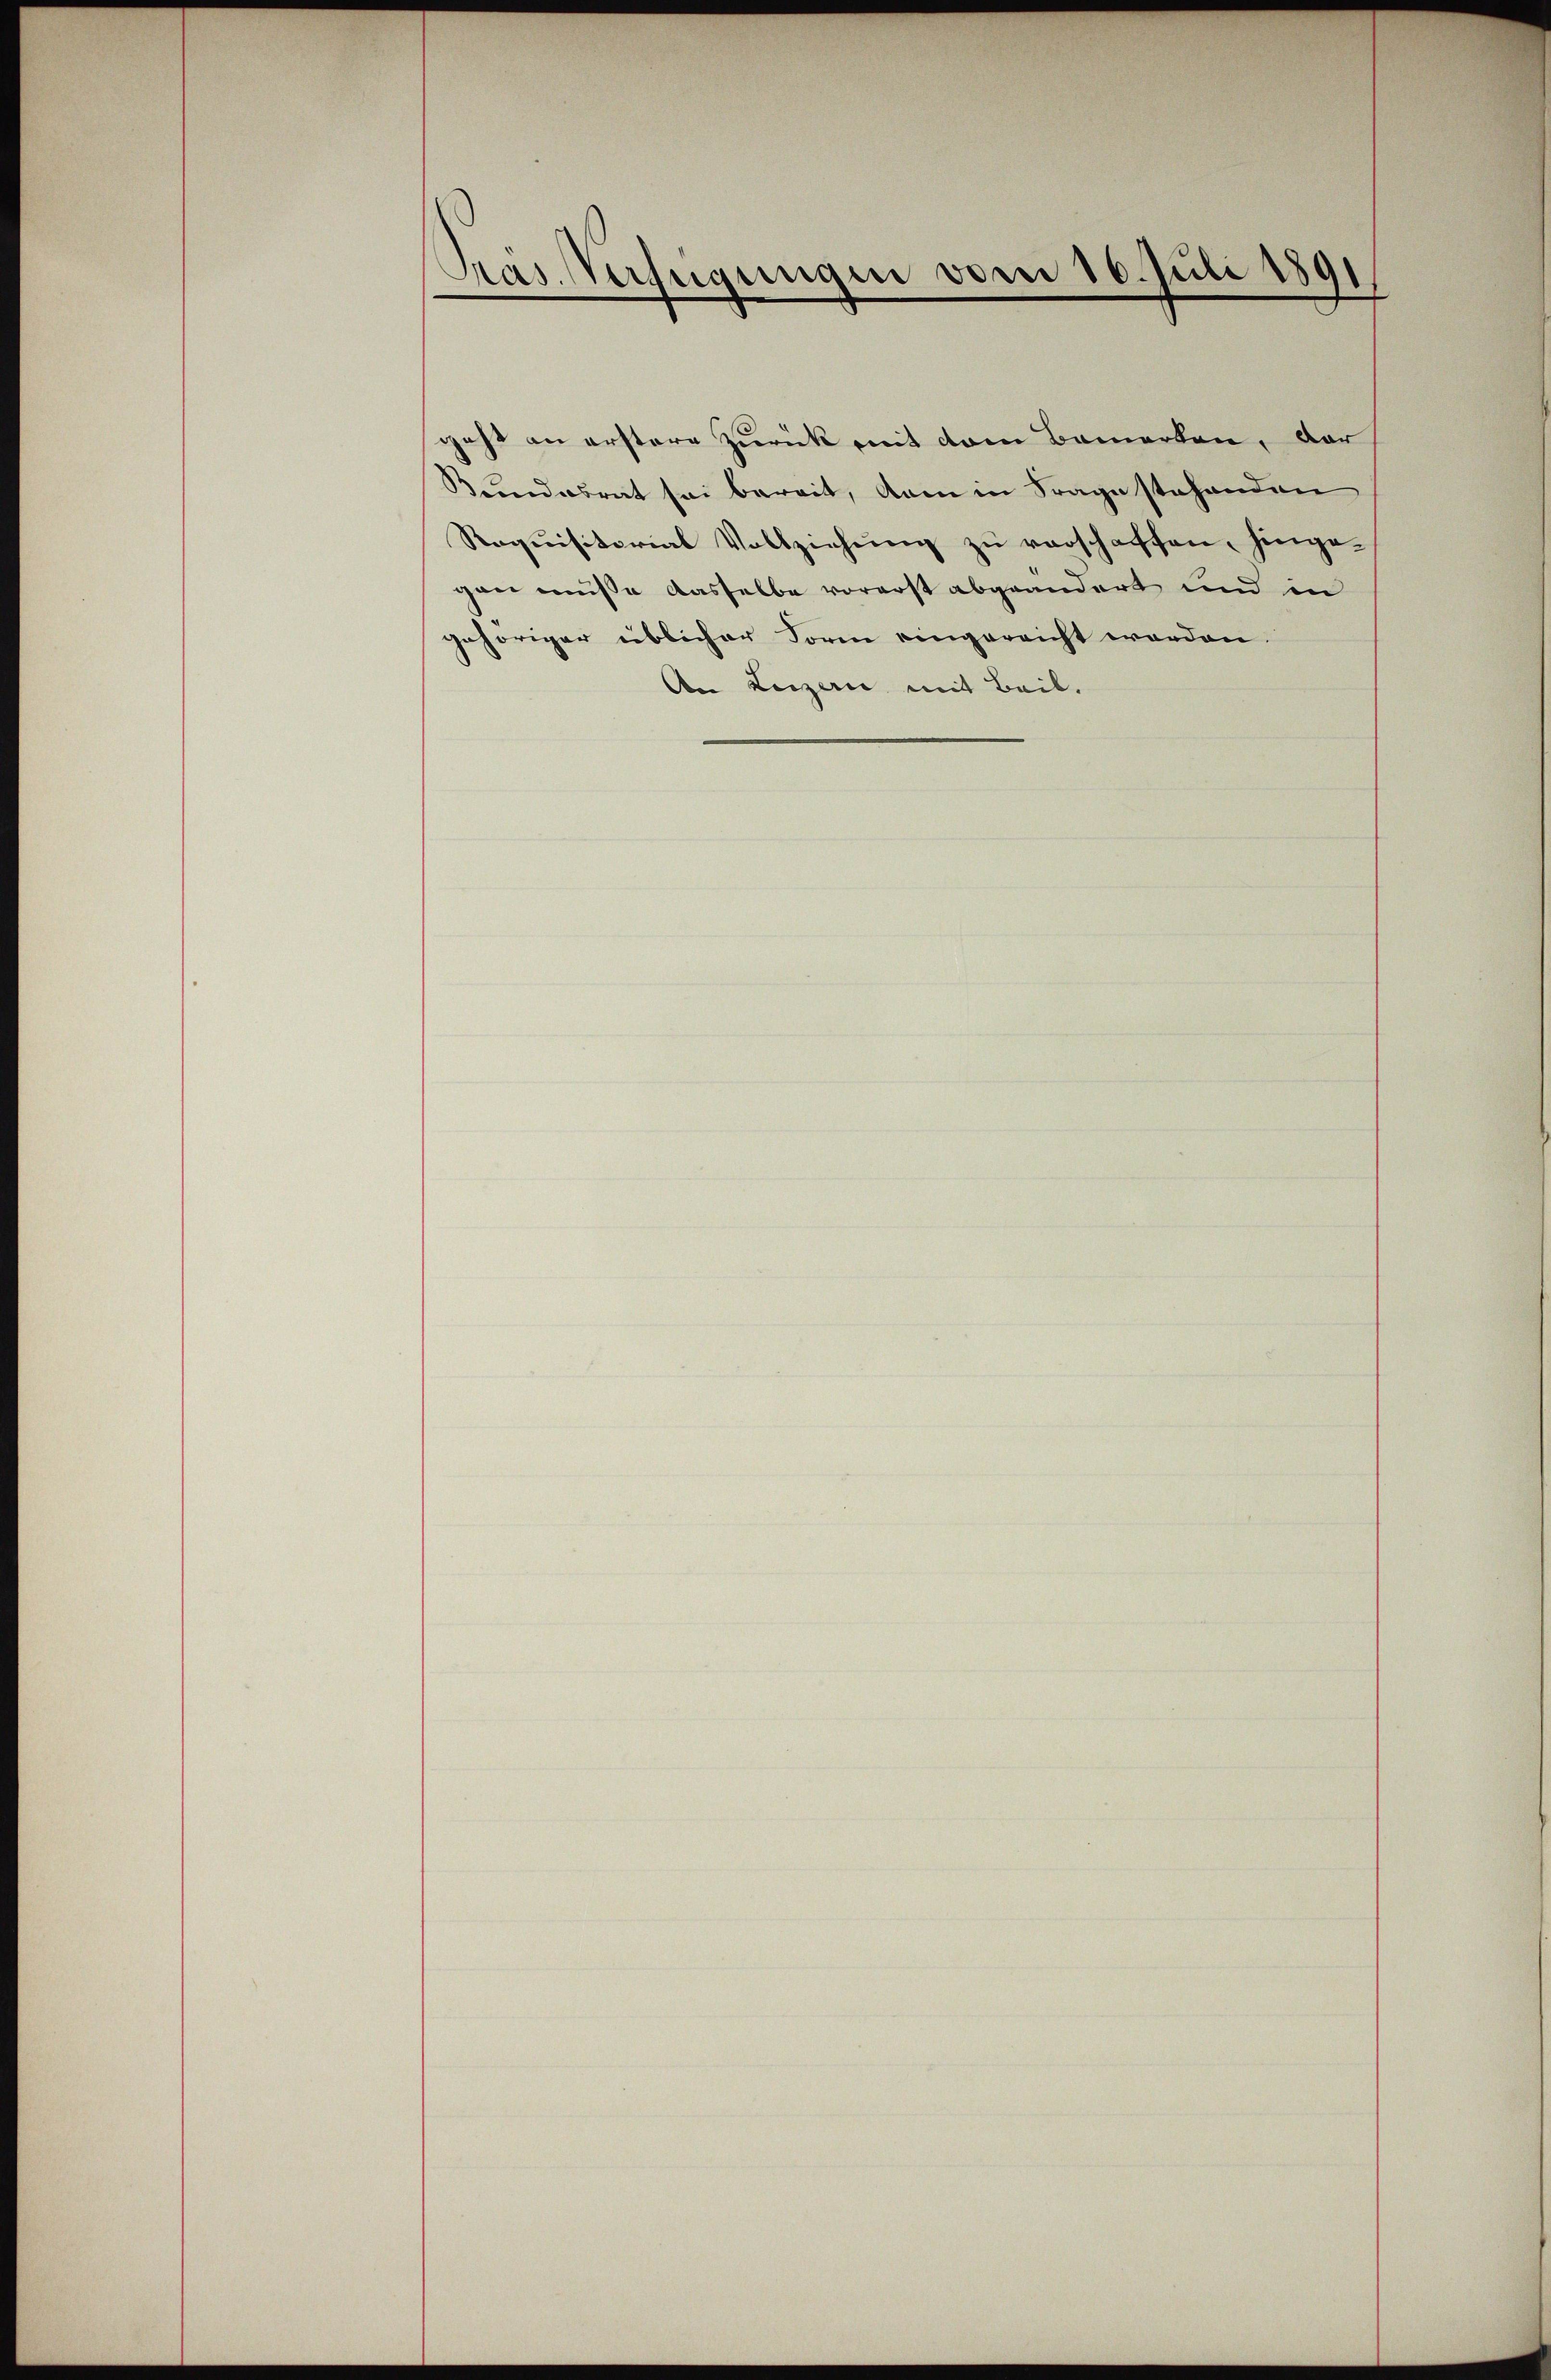
Pras. Verfügungen vom 16. Juli 1891

geht an erstere zurück mit dem Bemerken, dar
Bundesrat sei bereit, dann in Frage stehenden
Requisitorial Vollziehung zu verschaffen, hingegen müße dasselbe vorerst abgeändert und in
gehöriger üblicher Form eingereicht worden.
An Luzern mit Beil.